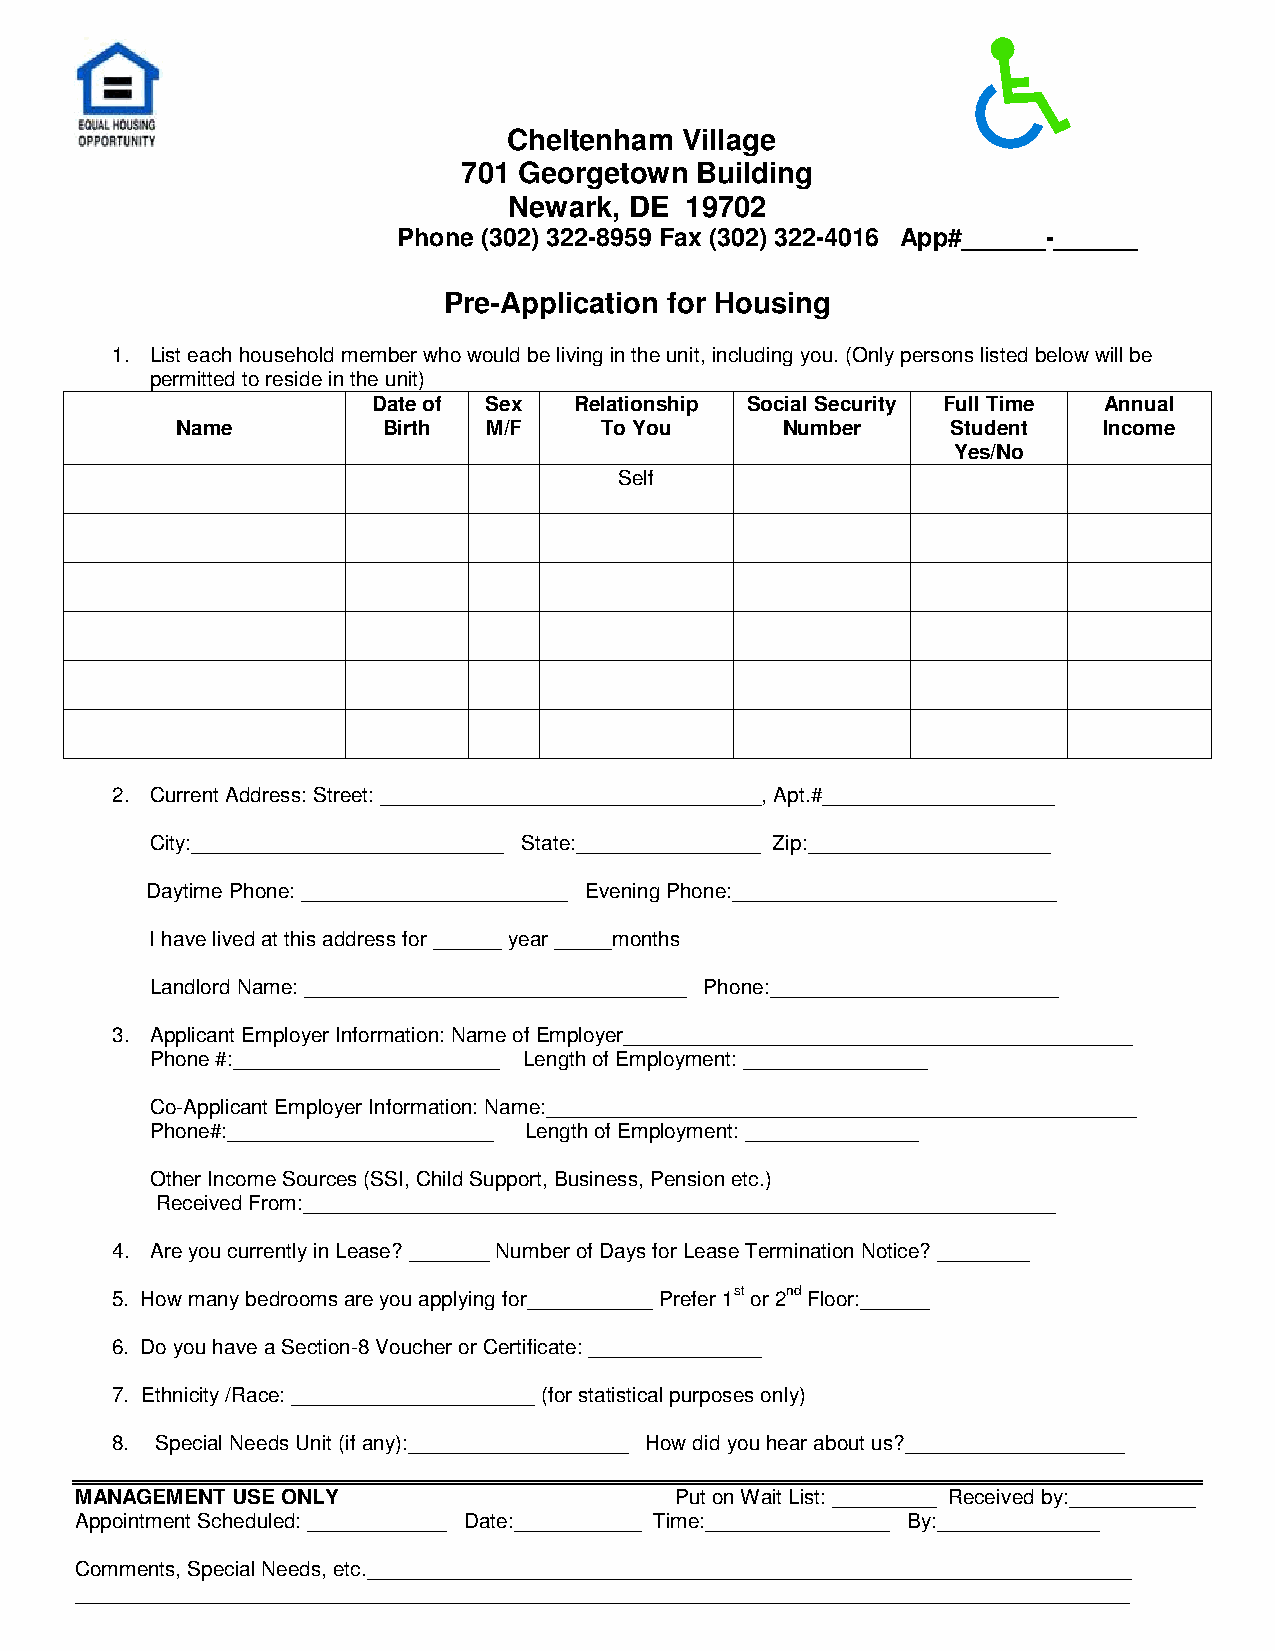
Cheltenham Village
 701 Georgetown Building
 Newark, DE 19702
 Phone (302) 322-8959 Fax (302) 322-4016 App#______-______
 Pre-Application for Housing
 1. List each household member who would be living in the unit, including you. (Only persons listed below will be
 permitted to reside in the unit)
 Date of Sex  Relationship Social Security Full Time Annual
 Name         Birth  M/F     To You      Number     Student   Income
 Yes/No
 Self
 2. Current Address: Street: _________________________________, Apt.#____________________
 City:___________________________ State:________________ Zip:_____________________
 Daytime Phone: _______________________ Evening Phone:____________________________
 I have lived at this address for ______ year _____months
 Landlord Name: _________________________________ Phone:_________________________
 3. Applicant Employer Information: Name of Employer____________________________________________
 Phone #:_______________________ Length of Employment: ________________
 Co-Applicant Employer Information: Name:___________________________________________________
 Phone#:_______________________ Length of Employment: _______________
 Other Income Sources (SSI, Child Support, Business, Pension etc.)
 Received From:_________________________________________________________________
 4. Are you currently in Lease? _______ Number of Days for Lease Termination Notice? ________
 5. How many bedrooms are you applying for___________ Prefer 1st or 2nd Floor:______
 6. Do you have a Section-8 Voucher or Certificate: _______________
 7. Ethnicity /Race: _____________________ (for statistical purposes only)
 8. Special Needs Unit (if any):___________________ How did you hear about us?___________________
 MANAGEMENT USE ONLY                     Put on Wait List: _________ Received by:___________
 Appointment Scheduled: ____________ Date:___________ Time:________________ By:______________
 Comments, Special Needs, etc.__________________________________________________________________
 ___________________________________________________________________________________________